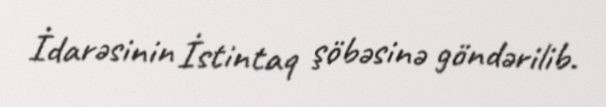
İdarəsinin İstintaq şöbəsinə göndərilib.